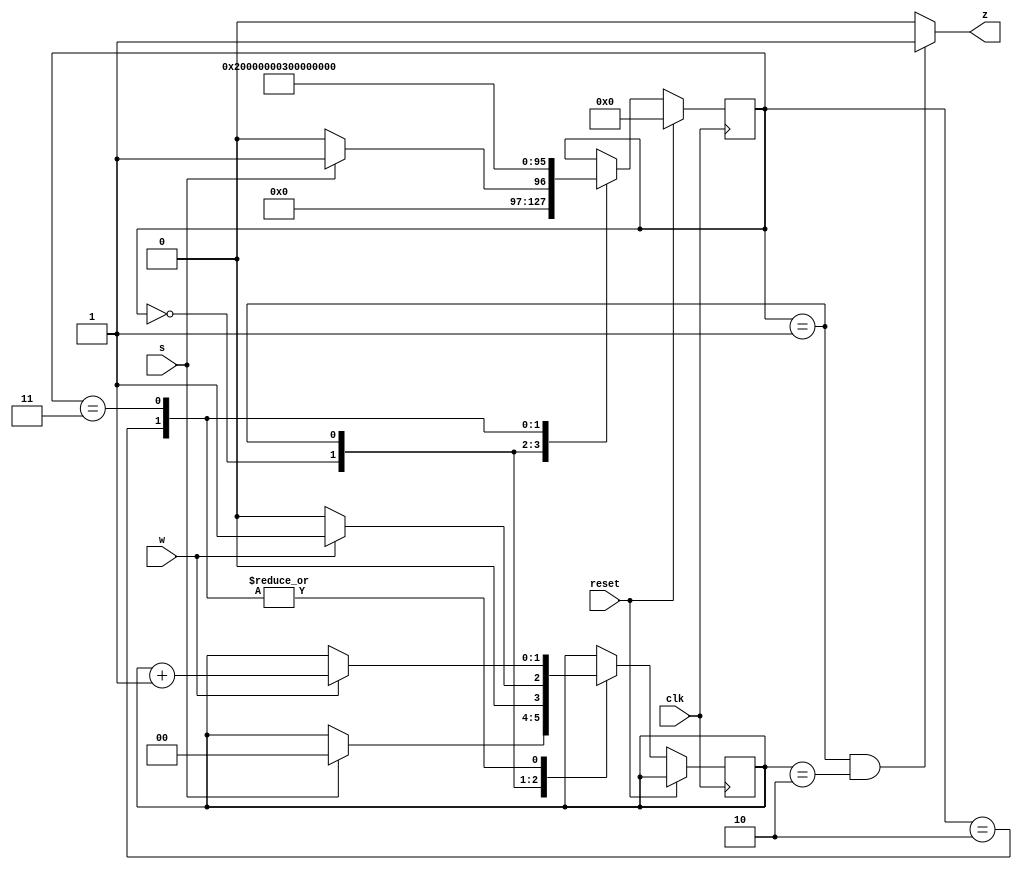
module top_module (
    input clk,
    input reset,   // Synchronous reset
    input s,
    input w,
    output z
);
    reg [31:0] state;
    reg [1:0] catch;
    always @(posedge clk) begin
        if (reset)
            state <= 0;
        else begin
            case (state)
                0: begin
                    if (s==0)
                        state <= 0;
                    else begin
                        catch <= 0;
                        state <= 1;
                    end
                end
                1: begin
                    if (w==1)
                        catch <= 1;
                    else
                        catch <= 0;
                    state <= 2;
                end
                2: begin
                    if (w==1)
                        catch <= catch + 1;
                    state <= 3;
                end
                3: begin
                    if (w==1)
                        catch <= catch + 1;
                    state <= 1;
                end
                        
            endcase
        end
    end
    
    assign z = ((state==1) & (catch==2))?1:0;

endmodule